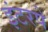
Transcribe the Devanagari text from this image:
इंटरपे